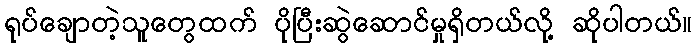
ရုပ်ချောတဲ့သူတွေထက် ပိုပြီးဆွဲဆောင်မှုရှိတယ်လို့ ဆိုပါတယ်။